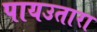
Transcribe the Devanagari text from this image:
पायउतारा